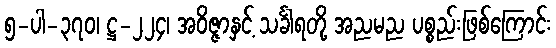
၅-ပါ-၃၇၀၊ ဋ္ဌ-၂၂၄၊ အဝိဇ္ဇာနှင့် သင်္ခါရတို့ အညမည ပစ္စည်းဖြစ်ကြောင်း